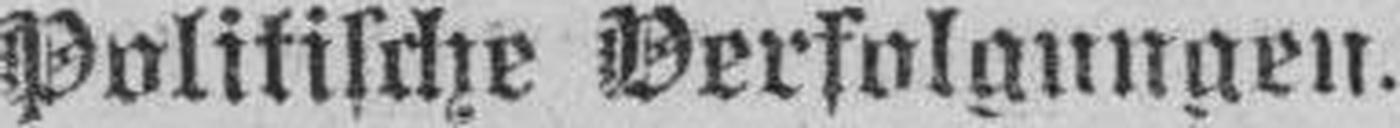
Politische Verfolgungen.